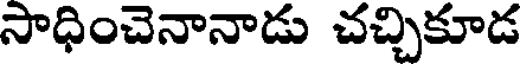
సాధించెనానాడు చచ్చికూడ